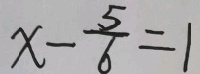
x - \frac { 5 } { 6 } = 1